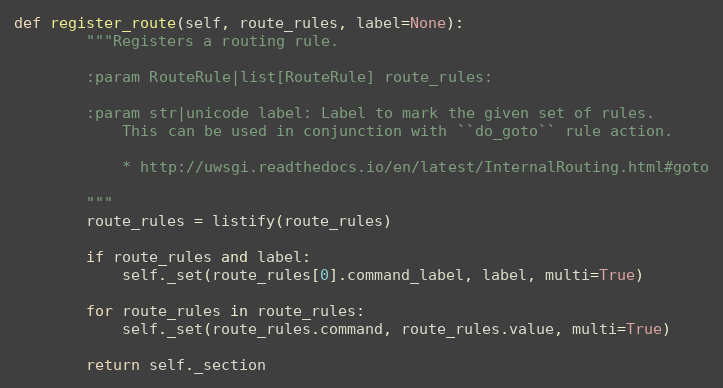
Language: Python
def register_route(self, route_rules, label=None):
        """Registers a routing rule.

        :param RouteRule|list[RouteRule] route_rules:

        :param str|unicode label: Label to mark the given set of rules.
            This can be used in conjunction with ``do_goto`` rule action.

            * http://uwsgi.readthedocs.io/en/latest/InternalRouting.html#goto

        """
        route_rules = listify(route_rules)

        if route_rules and label:
            self._set(route_rules[0].command_label, label, multi=True)

        for route_rules in route_rules:
            self._set(route_rules.command, route_rules.value, multi=True)

        return self._section